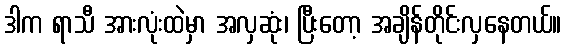
ဒါက ရာသီ အားလုံးထဲမှာ အလှဆုံး၊ ပြီးတော့ အချိန်တိုင်းလှနေတယ်။